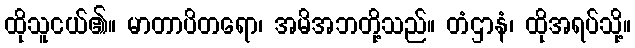
ထိုသူငယ်၏။ မာတာပိတရော၊ အမိအဘတို့သည်။ တံဌာနံ၊ ထိုအရပ်သို့။